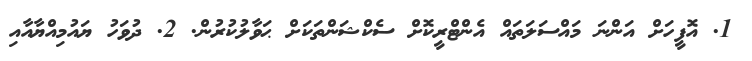
1. އޮފީހަށް އަންނަ މައްސަލަތައް އެންޓްރީކޮށް ސެކްޝަންތަކަށް ޙަވާލުކުރުން. 2. ދުވަހު ޔައުމިއްޔާއާއި